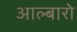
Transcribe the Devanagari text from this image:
आल्बारो